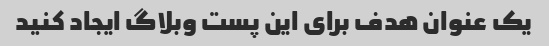
یک عنوان هدف برای این پست وبلاگ ایجاد کنید